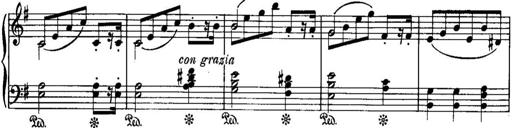
Title: Piano Sonatina No.1, Op.146
Composer: Stephen Heller